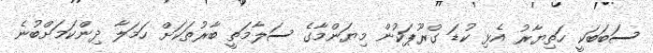
ސަބަބަކީ ހަތިޔާރު އެޅި ކުޑަ ގްރޫޕަކުން މިޔަންމާގެ ސަލާމަތީ ބާރުތަކަށް ހަމަލާ ދިންކަމަށްބުނެ